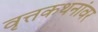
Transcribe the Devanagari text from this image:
वृत्तकथनांवर